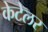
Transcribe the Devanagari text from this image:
केटेलर